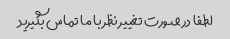
لطفا در صورت تغییر نظر با ما تماس بگیرید